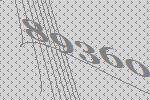
89360